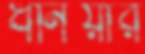
ধনিয়ার